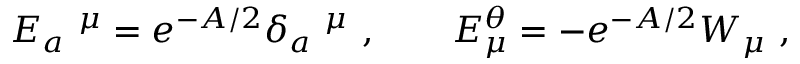
E _ { a } \ ^ { \mu } = e ^ { - A / 2 } \delta _ { a } \ ^ { \mu } ~ , \qquad E _ { \mu } ^ { \theta } = - e ^ { - A / 2 } W _ { \mu } ~ ,